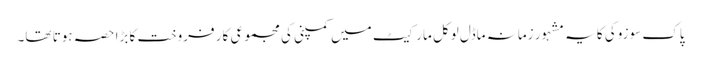
پاک سوزوکی کا یہ مشہور زمانہ ماڈل لوکل مارکیٹ میں کمپنی کی مجموعی کار فروخت کا بڑا حصہ ہوتا تھا۔